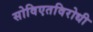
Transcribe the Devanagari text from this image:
सोविएतविरोधी